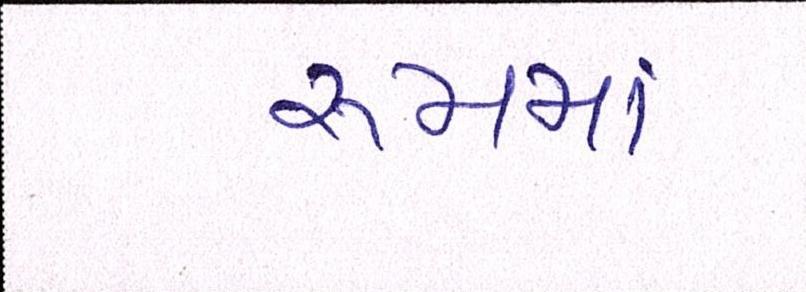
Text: રૂમમાં